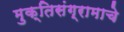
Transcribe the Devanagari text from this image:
मुक्तिसंग्रामाचे